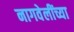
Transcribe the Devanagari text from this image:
नागवेलींच्या